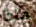
ماذا